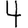
Digit: 4